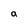
Character: a